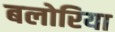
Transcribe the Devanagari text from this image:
बलोरिया